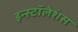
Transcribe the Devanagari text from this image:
इन्स्टॉलेशंस